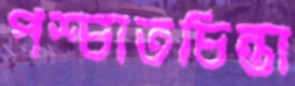
পশ্চাতচিন্তা